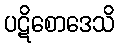
ပဋိစောဒေသိ